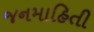
જનમાહિતી